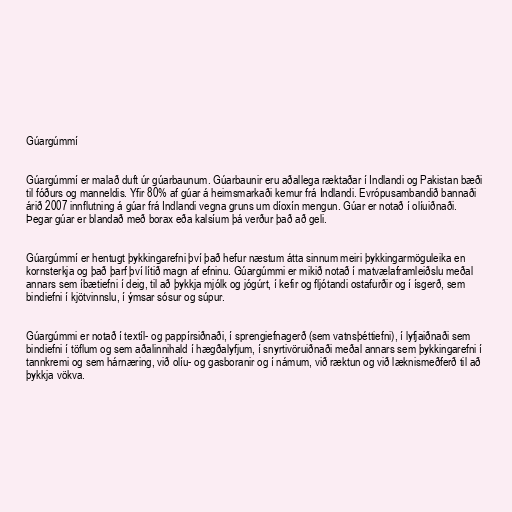
Gúargúmmí

Gúargúmmí er malað duft úr gúarbaunum. Gúarbaunir eru aðallega ræktaðar í Indlandi og Pakistan bæði
til fóðurs og manneldis. Yfir 80% af gúar á heimsmarkaði kemur frá Indlandi. Evrópusambandið bannaði
árið 2007 innflutning á gúar frá Indlandi vegna gruns um díoxín mengun. Gúar er notað í olíuiðnaði.
Þegar gúar er blandað með borax eða kalsíum þá verður það að geli.

Gúargúmmí er hentugt þykkingarefni því það hefur næstum átta sinnum meiri þykkingarmöguleika en
kornsterkja og það þarf því lítið magn af efninu. Gúargúmmi er mikið notað í matvælaframleiðslu meðal
annars sem íbætiefni í deig, til að þykkja mjólk og jógúrt, í kefir og fljótandi ostafurðir og í ísgerð, sem
bindiefni í kjötvinnslu, í ýmsar sósur og súpur.

Gúargúmmi er notað í textíl- og pappírsiðnaði, í sprengiefnagerð (sem vatnsþéttiefni), í lyfjaiðnaði sem
bindiefni í töflum og sem aðalinnihald í hægðalyfjum, í snyrtivöruiðnaði meðal annars sem þykkingarefni í
tannkremi og sem hárnæring, við olíu- og gasboranir og í námum, við ræktun og við læknismeðferð til að
þykkja vökva.